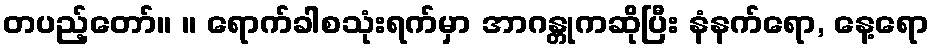
တပည့်တော်။ ။ ရောက်ခါစသုံးရက်မှာ အာဂန္တုကဆိုပြီး နံနက်ရော, နေ့ရော